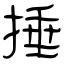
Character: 捶